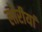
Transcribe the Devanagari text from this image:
लोरीयां